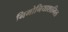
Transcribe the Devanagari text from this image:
निमोनियाशामिल